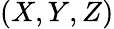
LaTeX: (X,Y,Z)